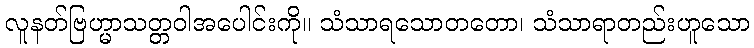
လူနတ်ဗြဟ္မာသတ္တဝါအပေါင်းကို။ သံသာရသောတတော၊ သံသာရာတည်းဟူသော